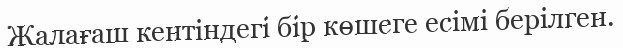
Жалағаш кентіндегі бір көшеге есімі берілген.